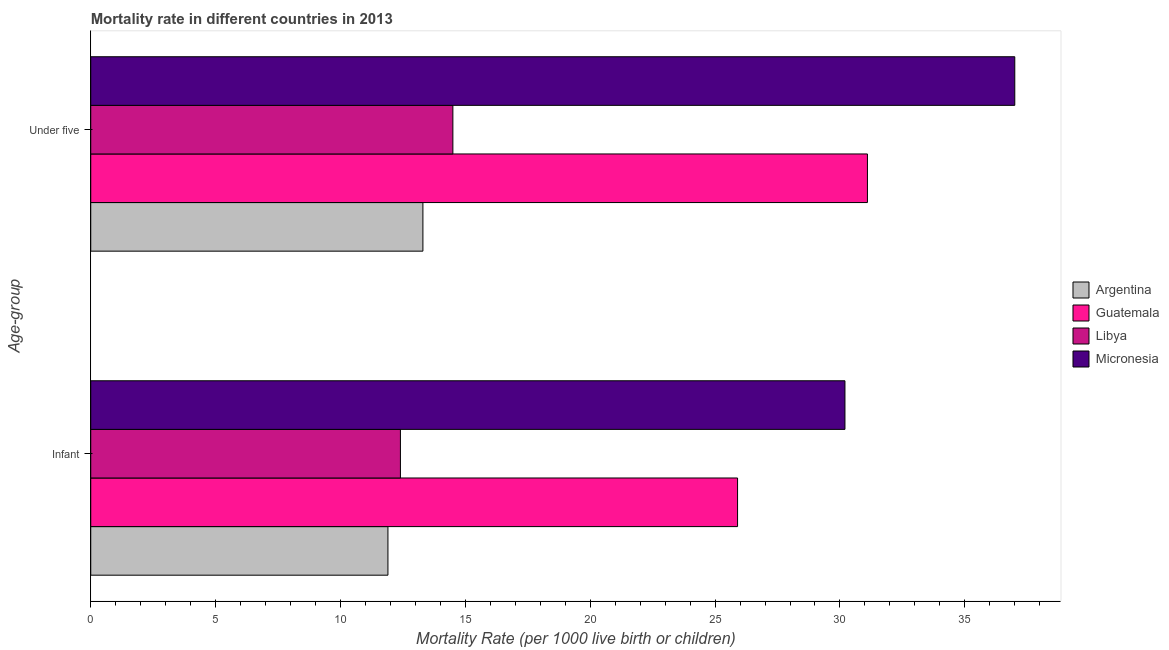
| Age-group | Argentina | Guatemala | Libya | Micronesia |
 | --- | --- | --- | --- | --- |
 | Infant | 11.9 | 25.9 | 12.4 | 30.2 |
 | Under five | 13.3 | 31.1 | 14.5 | 37 |